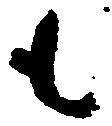
も